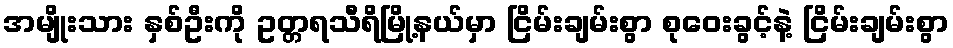
အမျိုးသား နှစ်ဦးကို ဥတ္တရသီရိမြို့နယ်မှာ ငြိမ်းချမ်းစွာ စုဝေးခွင့်နဲ့ ငြိမ်းချမ်းစွာ